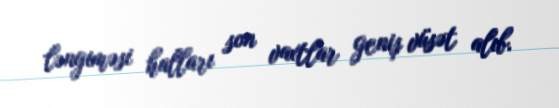
ləngiməsi halları son vaxtlar geniş vüsət alıb.